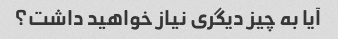
آیا به چیز دیگری نیاز خواهید داشت؟